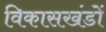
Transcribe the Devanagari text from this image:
विकासखंडों